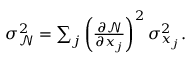
\begin{array} { r } { \sigma _ { \mathcal { N } } ^ { 2 } = \sum _ { j } \left( \frac { \partial \mathcal { N } } { \partial x _ { j } } \right) ^ { 2 } \sigma _ { x _ { j } } ^ { 2 } . } \end{array}